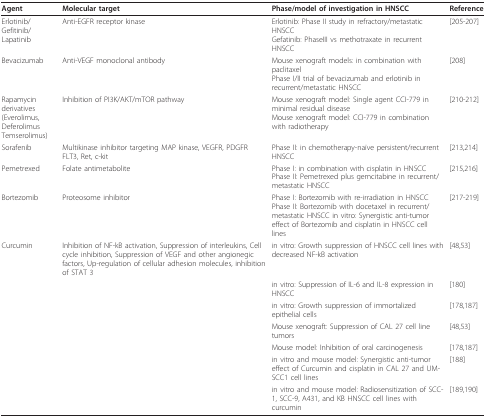
| Agent | Molecular target | Phase/model of investigation in HNSCC | Reference |
 | --- | --- | --- | --- |
 | Erlotinib/Gefitinib/Lapatinib | Anti-EGFR receptor kinase | Erlotinib: Phase II study in refractory/metastatic HNSCCGefatinib: PhaseIII vs methotraxate in recurrent HNSCC | [205-207] |
 | Bevacizumab | Anti-VEGF monoclonal antibody | Mouse xenograft models: in combination with paclitaxelPhase I/II trial of bevacizumab and erlotinib in recurrent/metastatic HNSCC | [208] |
 | Rapamycin derivatives(Everolimus, Deferolimus Temserolimus) | Inhibition of PI3K/AKT/mTOR pathway | Mouse xenograft model: Single agent CCI-779 in minimal residual diseaseMouse xenograft model: CCI-779 in combination with radiotherapy | [210-212] |
 | Sorafenib | Multikinase inhibitor targeting MAP kinase, VEGFR, PDGFR FLT3, Ret, c-kit | Phase II: in chemotherapy-naïve persistent/recurrent HNSCC | [213,214] |
 | Pemetrexed | Folate antimetabolite | Phase I: in combination with cisplatin in HNSCCPhase II: Pemetrexed plus gemcitabine in recurrent/metastatic HNSCC | [215,216] |
 | Bortezomib | Proteosome inhibitor | Phase I: Bortezomib with re-irradiation in HNSCCPhase II: Bortezomib with docetaxel in recurrent/metastatic HNSCC in vitro: Synergistic anti-tumor effect of Bortezomib and cisplatin in HNSCC cell lines | [217-219] |
 | Curcumin | Inhibition of NF-kB activation, Suppression of interleukins, Cell cycle inhibition, Suppression of VEGF and other angionegic factors, Up-regulation of cellular adhesion molecules, inhibition of STAT 3 | in vitro: Growth suppression of HNSCC cell lines with decreased NF-kB activation | [48,53] |
 |  |  | in vitro: Suppression of IL-6 and IL-8 expression in HNSCC | [180] |
 |  |  | in vitro: Growth suppression of immortalized epithelial cells | [178,187] |
 |  |  | Mouse xenograft: Suppression of CAL 27 cell line tumors | [48,53] |
 |  |  | Mouse model: Inhibition of oral carcinogenesis | [178,187] |
 |  |  | in vitro and mouse model: Synergistic anti-tumor effect of Curcumin and cisplatin in CAL 27 and UM-SCC1 cell lines | [188] |
 |  |  | in vitro and mouse model: Radiosensitization of SCC-1, SCC-9, A431, and KB HNSCC cell lines with curcumin | [189,190] |